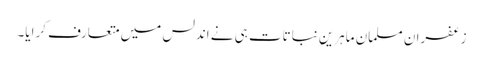
زعفران مسلمان ماہرینِ نباتات ہی نے اندلس میں متعارف کرایا۔